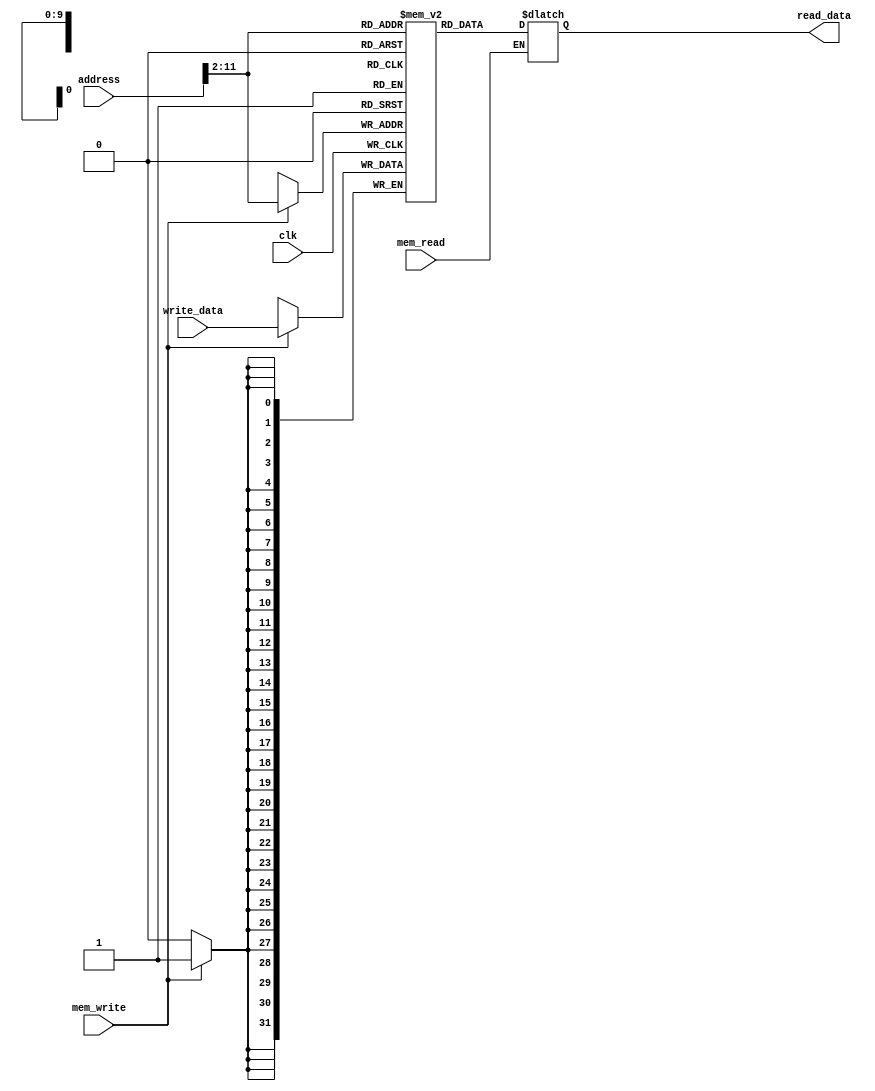
module data_memory(input clk,
                   input mem_read,
                   input mem_write,
                   input [31:0] address,
                   input [31:0] write_data,
                   output reg [31:0] read_data);

reg [31:0] memory [0:1023];

integer i;

initial begin
    for(i = 0; i < 1024; i = i + 1) begin
        memory[i] = 0;
    end
end

always@(posedge clk) begin //scriere SINCRONA
    if(mem_write) begin
        memory[address[11:2]] <= write_data;
    end
end
always@(mem_read) begin //citire ASINCRONA
    if(mem_read) begin
        read_data <= memory[address[11:2]];
    end
end

endmodule